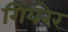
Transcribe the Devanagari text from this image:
गियरेर